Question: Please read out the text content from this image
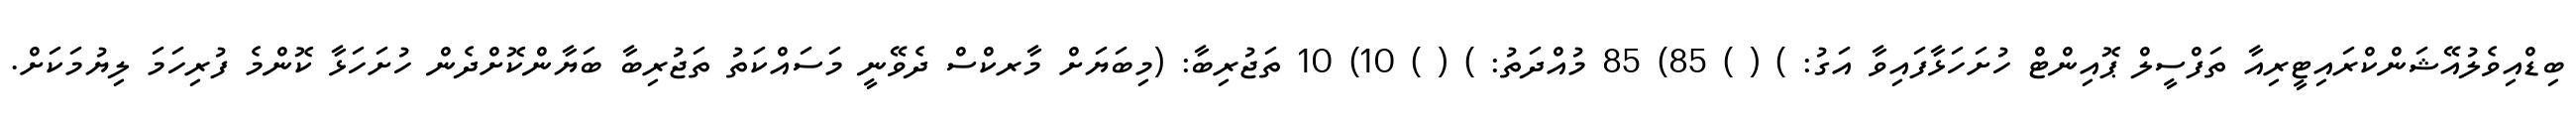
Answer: ބިޑްއިވެލުއޭޝަންކްރައިޓީރިއާ ތަފްސީލް ޕޮއިންޓް ހުށަހަޅާފައިވާ އަގު: ) ( ) 85) 85 މުއްދަތު: ) ( ) 10) 10 ތަޖުރިބާ: (މިބަޔަށް މާރކްސް ދެވޭނީ މަސައްކަތު ތަޖުރިބާ ބަޔާންކޮށްދެން ހުށަހަޅާ ކޮންމެ ފުރިހަމަ ލިޔުމަކަށް.